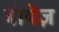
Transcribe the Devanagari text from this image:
बॉयेज़